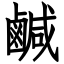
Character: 鹹